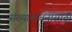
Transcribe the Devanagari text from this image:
संख्यावाचनासाठी